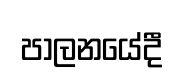
පාලනයේදී